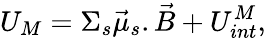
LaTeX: U_{M}=\Sigma_{s}\vec{\mu}_{s}.\vec{B}+U_{int}^{M},